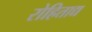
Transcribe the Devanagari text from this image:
रोहिताद्य